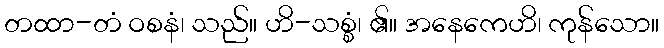
တထာ-တံ ဝစနံ၊ သည်။ ဟိ-သစ္စံ၊ ၏။ အနေကေဟိ၊ ကုန်သော။